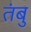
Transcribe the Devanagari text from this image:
तंबु